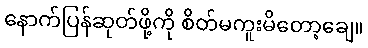
နောက်ပြန်ဆုတ်ဖို့ကို စိတ်မကူးမိတော့ချေ။